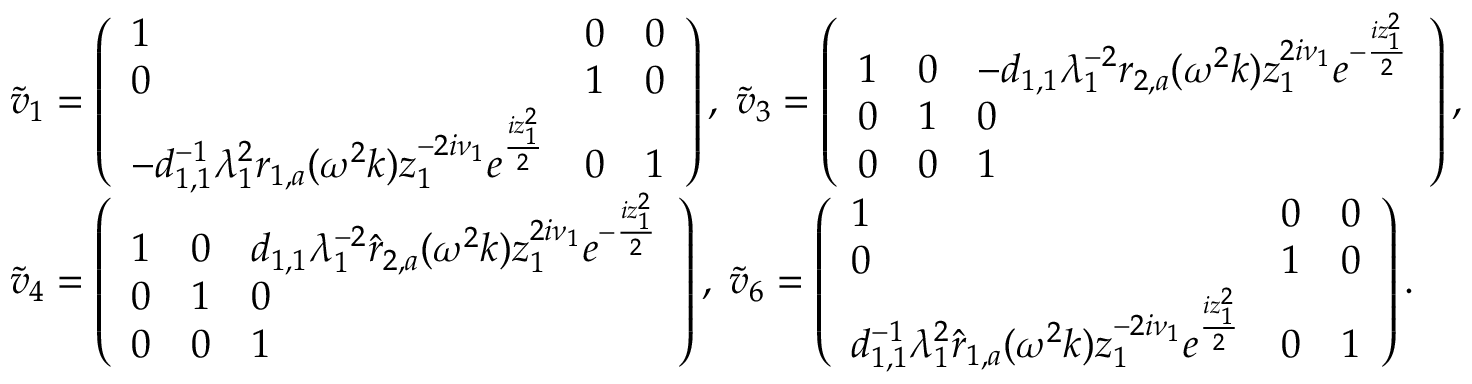
\begin{array} { r l } & { \tilde { v } _ { 1 } = \left( \begin{array} { l l l } { 1 } & { 0 } & { 0 } \\ { 0 } & { 1 } & { 0 } \\ { - d _ { 1 , 1 } ^ { - 1 } \lambda _ { 1 } ^ { 2 } r _ { 1 , a } ( \omega ^ { 2 } k ) z _ { 1 } ^ { - 2 i \nu _ { 1 } } e ^ { \frac { i z _ { 1 } ^ { 2 } } { 2 } } } & { 0 } & { 1 } \end{array} \right) , \; \tilde { v } _ { 3 } = \left( \begin{array} { l l l } { 1 } & { 0 } & { - d _ { 1 , 1 } \lambda _ { 1 } ^ { - 2 } r _ { 2 , a } ( \omega ^ { 2 } k ) z _ { 1 } ^ { 2 i \nu _ { 1 } } e ^ { - \frac { i z _ { 1 } ^ { 2 } } { 2 } } } \\ { 0 } & { 1 } & { 0 } \\ { 0 } & { 0 } & { 1 } \end{array} \right) , } \\ & { \tilde { v } _ { 4 } = \left( \begin{array} { l l l } { 1 } & { 0 } & { d _ { 1 , 1 } \lambda _ { 1 } ^ { - 2 } \hat { r } _ { 2 , a } ( \omega ^ { 2 } k ) z _ { 1 } ^ { 2 i \nu _ { 1 } } e ^ { - \frac { i z _ { 1 } ^ { 2 } } { 2 } } } \\ { 0 } & { 1 } & { 0 } \\ { 0 } & { 0 } & { 1 } \end{array} \right) , \; \tilde { v } _ { 6 } = \left( \begin{array} { l l l } { 1 } & { 0 } & { 0 } \\ { 0 } & { 1 } & { 0 } \\ { d _ { 1 , 1 } ^ { - 1 } \lambda _ { 1 } ^ { 2 } \hat { r } _ { 1 , a } ( \omega ^ { 2 } k ) z _ { 1 } ^ { - 2 i \nu _ { 1 } } e ^ { \frac { i z _ { 1 } ^ { 2 } } { 2 } } } & { 0 } & { 1 } \end{array} \right) . } \end{array}